Vaccination report Assam 1896-1927 - 1896-1927
Year: 1896
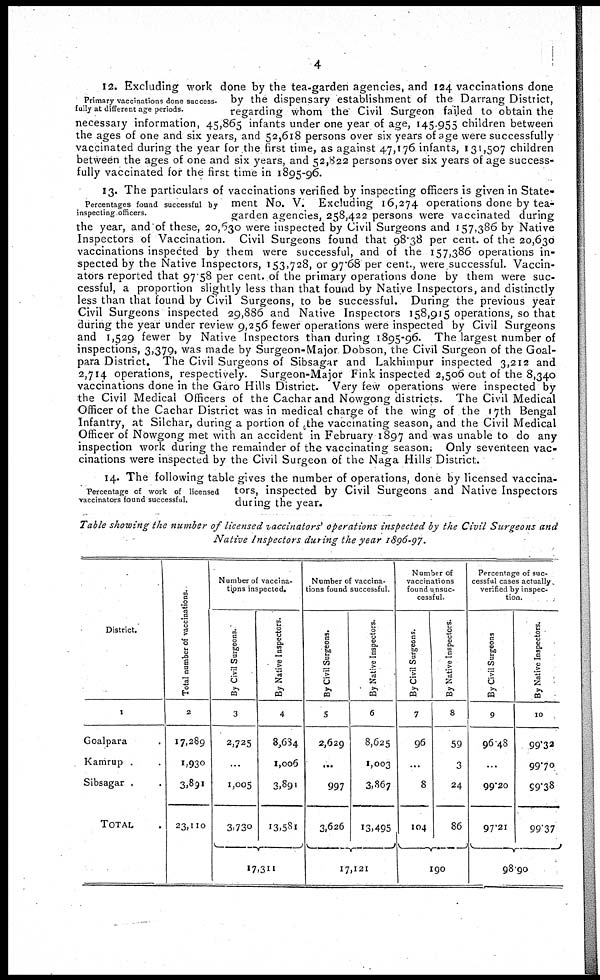
4
Primary vaccinations done success-
fully at different age periods.
12. Excluding work done by the tea-garden agencies, and 124 vaccinations done
by the dispensary establishment of the Darrang District,
regarding whom the Civil Surgeon failed to obtain the
necessary information, 45,865 infants under one year of age, 145.955 children between
the ages of one and six years, and 52,618 persons over six years of age were successfully
vaccinated during the year for the first time, as against 47,176 infants, 131,507 children
between the ages of one and six years, and 52,822 persons over six years of age success-
fully vaccinated for the first time in 1895-96.
Percentages found successful by
inspecting officers.
13. The particulars of vaccinations verified by inspecting officers is given in State-
ment No. V. Excluding 16,274 operations done by tea-
garden agencies, 258,422 persons were vaccinated during
the year, and of these, 20,630 were inspected by Civil Surgeons and 157,386 by Native
Inspectors of Vaccination. Civil Surgeons found that 98.38 per cent. of the 20,630
vaccinations inspected by them were successful, and of the 157,386 operations in-
spected by the Native Inspectors, 153,728, or 97.68 per cent., were successful. Vaccin-
ators reported that 97.58 per cent. of the primary operations done by them were suc-
cessful, a proportion slightly less than that found by Native Inspectors, and distinctly
less than that found by Civil Surgeons, to be successful. During the previous year
Civil Surgeons inspected 29,886 and Native Inspectors 158,915 operations, so that
during the year under review 9,256 fewer operations were inspected by Civil Surgeons
and 1,529 fewer by Native Inspectors than during 1895-96. The largest number of
inspections, 3,379, was made by Surgeon-Major Dobson, the Civil Surgeon of the Goal-
para District. The Civil Surgeons of Sibsagar and Lakhimpur inspected 3,212 and
2,714 operations, respectively. Surgeon-Major Fink inspected 2,506 out of the 8,340
vaccinations done in the Garo Hills District. Very few operations were inspected by
the Civil Medical Officers of the Cachar and Nowgong districts. The Civil Medical
Officer of the Cachar District was in medical charge of the wing of the 17th Bengal
Infantry, at Silchar, during a portion of the vaccinating season, and the Civil Medical
Officer of Nowgong met with an accident in February 1897 and was unable to do any
inspection work during the remainder of the vaccinating season. Only seventeen vac-
cinations were inspected by the Civil Surgeon of the Naga Hills District.
Percentage of work of licensed
vaccinators found successful.
14. The following table gives the number of operations, done by licensed vaccina-
tors, inspected by Civil Surgeons and Native Inspectors
during the year.
Table showing the number of licensed vaccinators' operations inspected by the Civil Surgeons and
Native Inspectors during the year 1896-97.
District.
1
Goalpara .
Kamrup ..
Sibsagar ..
TOTAL .
Total number of vaccinations.
2
17,289
1,930
3,891
23,110
Number of vaccina-
tions inspected.
By Civil Surgeons.
3
2,725
...
1,005
3,730
By Native Inspectors.
4
8,684
1,006
3,891
13,581
17,311
Number of vaccina-
tions found successful.
By Civil Surgeons.
5
2,629
...
997
3,626
By Native Inspectors.
6
8,625
1,003
3,867
13,495
17,121
Number of
vaccinations
found unsuc-
cessful.
By Civil Surgeons.
7
96
...
8
104
By Native Inspectors.
8
59
3
24
86
190
Percentage of suc-
cessful cases actually
verified by inspec-
tion.
By Civil Surgeons
9
96.48
...
99.20
97.21
By Native Inspectors.
10
99.32
99.70
59.38
99.37
98.90